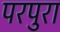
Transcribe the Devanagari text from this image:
परपुरा